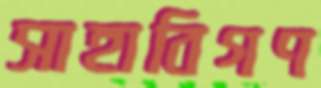
সাহাবিগণ